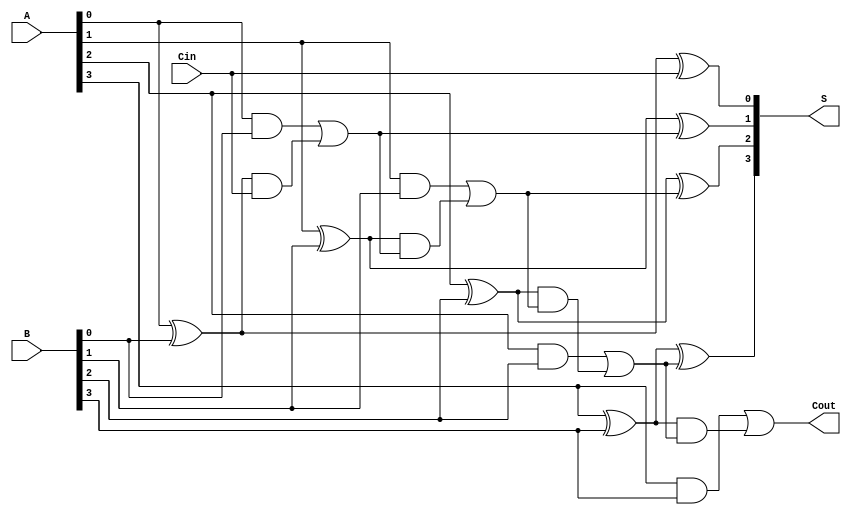
module CarryInLookaheadAdder #(parameter N = 4) (
    input  [N-1:0] A,       // First input
    input  [N-1:0] B,       // Second input
    input          Cin,      // Carry-in input
    output [N-1:0] S,       // Sum output
    output         Cout      // Carry-out output
);

// Intermediate signals
wire [N-1:0] G; // Generate signals
wire [N-1:0] P; // Propagate signals
wire [N:0] C;   // Carry signals

// Generate and propagate logic
genvar i;
generate
    for (i = 0; i < N; i = i + 1) begin: gen_prop_logic
        assign G[i] = A[i] & B[i]; // Generate
        assign P[i] = A[i] ^ B[i]; // Propagate
    end
endgenerate

// Carry signal calculation using lookahead logic
assign C[0] = Cin; // Carry for the first bit

// Using generate loop to calculate carries
generate
    for (i = 1; i <= N; i = i + 1) begin: carry_logic
        assign C[i] = G[i-1] | (P[i-1] & C[i-1]);
    end
endgenerate

// Sum calculation
generate
    for (i = 0; i < N; i = i + 1) begin: sum_logic
        assign S[i] = P[i] ^ C[i]; // Sum output
    end
endgenerate

// Carry-out signal
assign Cout = G[N-1] | (P[N-1] & C[N-1]);

endmodule